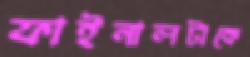
ফাইনালটাকে